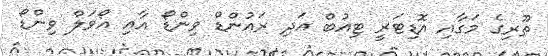
ތޫރިގެ މަގާއި އޮޑިޓަރީ ޓިއުބް އަދި ރައުންޑް ވިންޑޯ އާއި އޯވަލް ވިންޑޯ